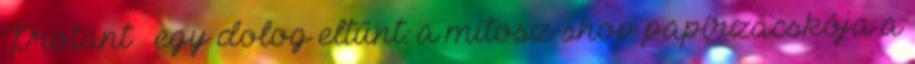
Protánt – egy dolog eltűnt: a mitosz-shop papírzacskója a